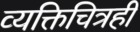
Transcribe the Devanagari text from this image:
व्यक्तिचित्रही